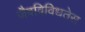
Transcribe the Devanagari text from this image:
जैवविविधतेस